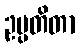
ဥပ္ပတိတာ